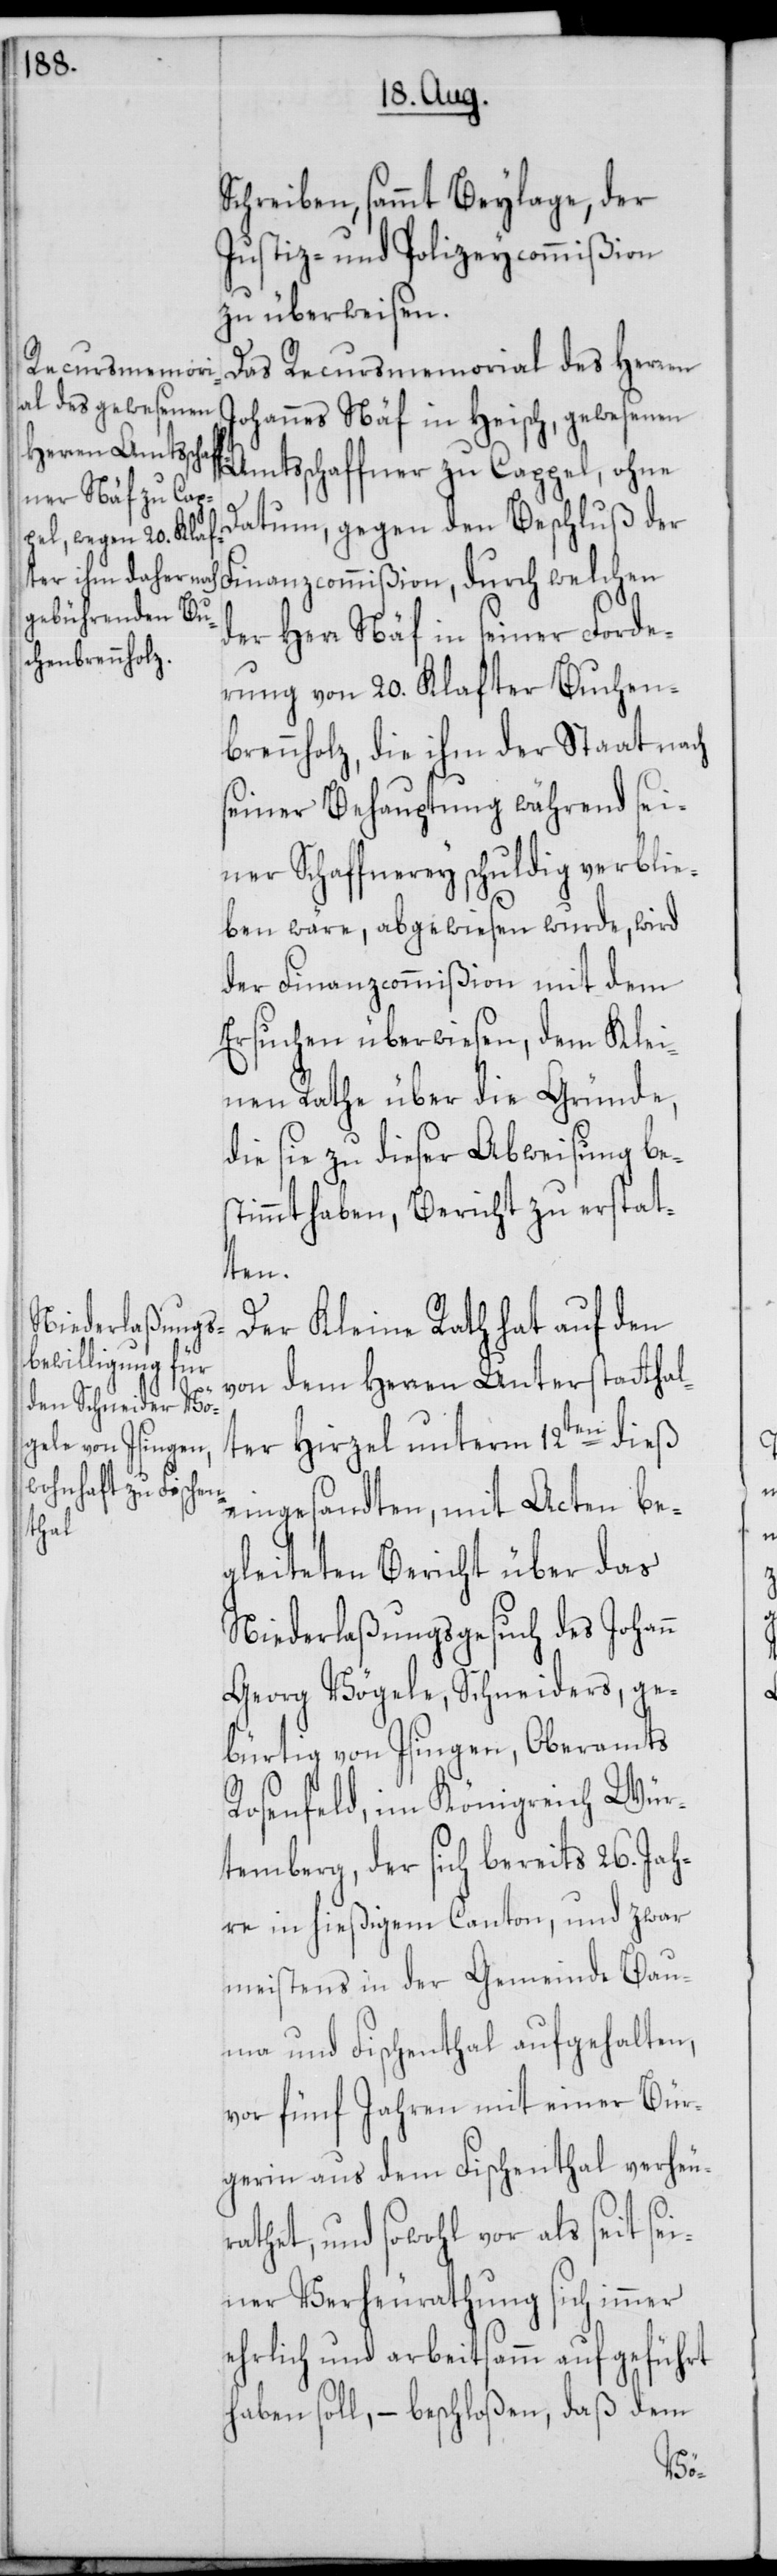
Schreiben, sammt Beylage, der
Justiz- und Polizeycommißion
zu überweisen.
Das Recursmemorial des Herren
Johannes Näf in Heisch, gewesenen
Amtsschaffner zu Cappel, ohne
Datum, gegen den Beschluß der
Finanzcommißion, durch welchen
der Herr Näf in seiner Forde¬
rung von 20. Klafter Buchen¬
brennholz, die ihm der Staat nach
seiner Behauptung während sei¬
ner Schaffnerey schuldig verblie¬
ben wäre, abgewiesen wurde, wird
der Finanzcommißion mit dem
Ersuchen überwiesen, dem Klei¬
nen Rathe über die Gründe,
die sie zu dieser Abweisung bes¬
timmt haben, Bericht zu erstat¬
ten.
Der Kleine Rath hat auf den
von dem Herren Unterstatthal¬
ter Hirzel unterm 12ten dieß
eingesandten, mit Acten be¬
gleiteten Bericht über das
Niederlaßungsgesuch des Johann
Georg Vögele, Schneiders, ge¬
bürtig von Isingen, Oberamts
Rosenfeld im Königreich Wür¬
temberg, der sich bereits 26. Jah¬
re in hießigem Canton, und zwar
meistens in der Gemeinde Ba¬
uma und Fischenthal aufgehalten,
vor fünf Jahren mit einer Bür¬
gerin aus dem Fischenthal verheu¬
rathet, und sowohl vor als seit sei¬
ner Verheurathung sich immer
ehrlich und arbeitsamm aufgeführt
haben soll, – beschloßen, daß dem